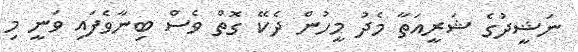
ނަޝީދުގެ ޝަރީއަތާ މެދު މީހުންް ދެކޭ ގޮތް ވެސް ބިނާވެފައި ވަނީ މި